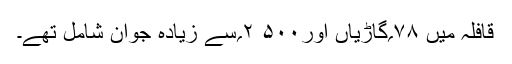
قافلہ میں ۷۸؍گاڑیاں اور۵۰۰ ۲؍سے زیادہ جوان شامل تھے۔